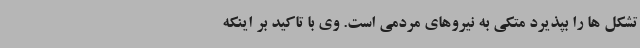
تشکل ها را بپذیرد متکی به نیروهای مردمی است. وی با تاکید بر اینکه